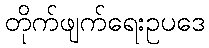
တိုက်ဖျက်ရေးဥပဒေ